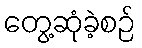
တွေ့ဆုံခဲ့စဉ်